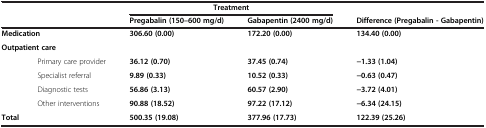
|  | <COLSPAN=2> Treatment |  |
 |  | Pregabalin (150–600 mg/d) | Gabapentin (2400 mg/d) | Difference (Pregabalin - Gabapentin) |
 | --- | --- | --- | --- |
 | Medication | 306.60 (0.00) | 172.20 (0.00) | 134.40 (0.00) |
 | <COLSPAN=4> Outpatient care |
 | Primary care provider | 36.12 (0.70) | 37.45 (0.74) | -1.33 (1.04) |
 | Specialist referral | 9.89 (0.33) | 10.52 (0.33) | -0.63 (0.47) |
 | Diagnostic tests | 56.86 (3.13) | 60.57 (2.90) | -3.72 (4.01) |
 | Other interventions | 90.88 (18.52) | 97.22 (17.12) | -6.34 (24.15) |
 | Total | 500.35 (19.08) | 377.96 (17.73) | 122.39 (25.26) |